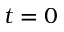
t = 0